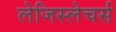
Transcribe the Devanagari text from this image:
लेजिस्लेचर्स